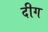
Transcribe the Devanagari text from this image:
दीग